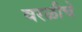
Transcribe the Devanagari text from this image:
वरळीचे